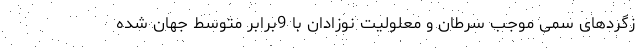
زگردهای سمی موجب سرطان و معلولیت نوزادان با 9برابر متوسط جهان شده